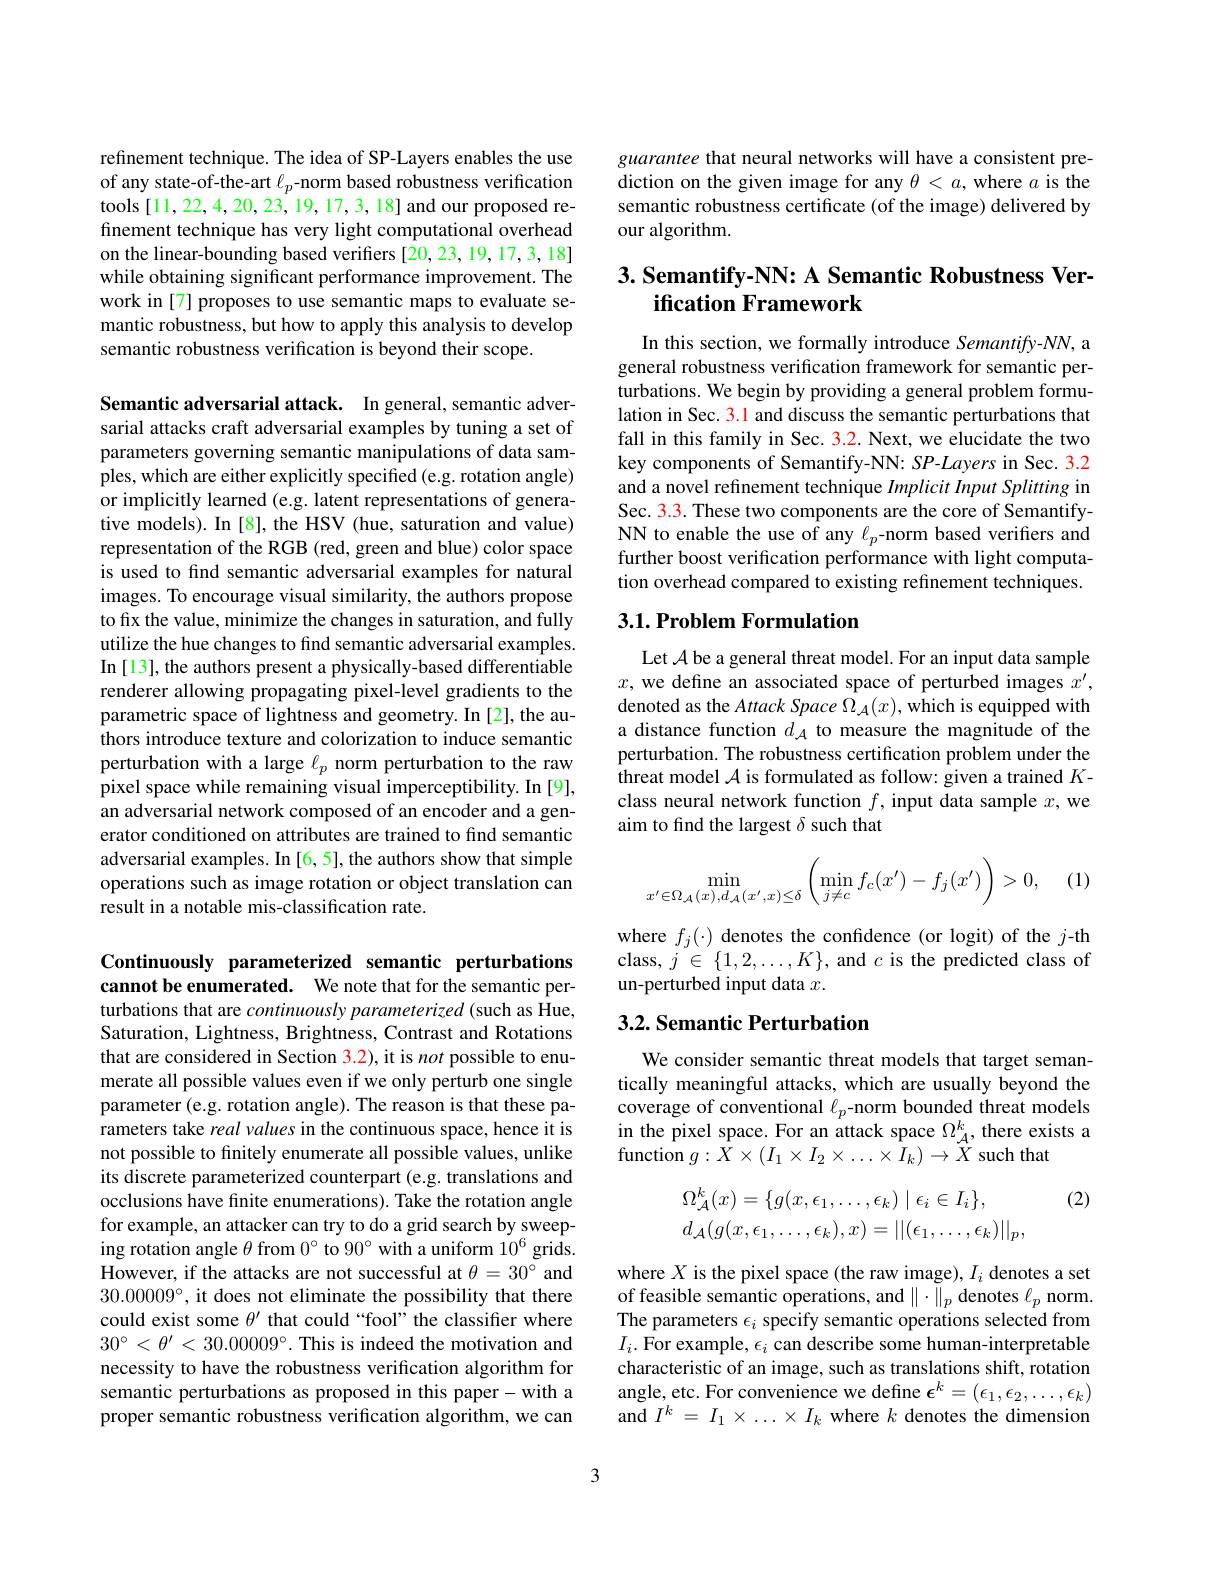
refinement technique. The idea of SP-Layers enables the use of any state-of-the-art $\ell_p$-norm based robustness verification tools [11,22,4,20,23,19,17,3,18] and our proposed refinement technique has very light computational overhead on the linear-bounding based verifiers [20,23,19,17,3,18] while obtaining significant performance improvement. The work in [7] proposes to use semantic maps to evaluate semantic robustness, but how to apply this analysis to develop semantic robustness verification is beyond their scope.

Semantic adversarial attack. In general, semantic adversarial attacks craft adversarial examples by tuning a set of parameters governing semantic manipulations of data samples, which are either explicitly specified (e.g. rotation angle) or implicitly learned (e.g. latent representations of generative models). In [8], the HSV (hue, saturation and value) representation of the RGB (red, green and blue) color space is used to find semantic adversarial examples for natural images. To encourage visual similarity, the authors propose to fix the value, minimize the changes in saturation, and fully utilize the hue changes to find semantic adversarial examples. In [13], the authors present a physically-based differentiable renderer allowing propagating pixel-level gradients to the parametric space of lightness and geometry. In [2], the authors introduce texture and colorization to induce semantic perturbation with a large $\ell_p$ norm perturbation to the raw pixel space while remaining visual imperceptibility. In [9], an adversarial network composed of an encoder and a generator conditioned on attributes are trained to find semantic adversarial examples. In [6, 5], the authors show that simple operations such as image rotation or object translation can result in a notable mis-classification rate.

guarantee that neural networks will have a consistent prediction on the given image for any $\theta<a$, where $a$ is the semantic robustness certificate (of the image) delivered by our algorithm.

## $3. \textbf{ Semantify- NN: A Semantic Robustness Ver- }$ ification Framework

In this section, we formally introduce Semantify-NN, a general robustness verification framework for semantic perturbations. We begin by providing a general problem formulation in Sec. 3.1 and discuss the semantic perturbations that fall in this family in Sec. 3.2. Next, we elucidate the two key components of Semantify-NN: SP-Layers in Sec. 3.2 and a novel refinement technique Implicit Input Splitting in Sec. 3.3. These two components are the core of SemantifyNN to enable the use of any $\ell_p$-norm based verifers and further boost verification performance with light computation overhead compared to existing refinement techniques.

## $3. 1. \textbf{Problem Formulation}$

Let $\mathcal{A}$ be a general threat model. For an input data sample $x$, we define an associated space of perturbed images $x^\prime$, denoted as the Attack Space $\Omega_{\mathcal{A}}(x)$,which is equipped with a distance function $d_{\mathcal{A}}$ to measure the magnitude of the perturbation. The robustness certification problem under the threat model $\mathcal{A}$ is formulated as follow: given a trained $K$- class neural network function $f$, input data sample $x$, we aim to find the largest $\delta$ such that
$$\min_{x'\in\Omega_{\mathcal{A}}(x),d_{\mathcal{A}}(x',x)\leq\delta}\left(\min_{j\neq c}f_{c}(x')-f_{j}(x')\right)>0,$$
(1)

where $f_j(\cdot)$ denotes the confidence (or logit) of the $j$-th class, $j\in\{1,2,\ldots,K\}$, and $c$ is the predicted class of un-perturbed input data $x.$

## 3.2. Semantic Perturbation

We consider semantic threat models that target semantically meaningful attacks, which are usually beyond the coverage of conventional $\ell_p$-norm bounded threat models in the pixel space. For an attack space $\Omega_{A}^{k}$, there exists a function $g:X\times(I_{1}\times I_{2}\times\ldots\times I_{k})\to\ddot{X}$ such that

(2)
$$\begin{array}{l}\Omega_{\mathcal{A}}^k(x)=\{g(x,\epsilon_1,\ldots,\epsilon_k)\mid\epsilon_i\in I_i\},\\d_{\mathcal{A}}(g(x,\epsilon_1,\ldots,\epsilon_k),x)=||(\epsilon_1,\ldots,\epsilon_k)||_p,\end{array}$$
where $X$ is the pixel space (the raw image), $I_i$ denotes a set of feasible semantic operations, and $\|\cdot\|_p$ denotes $\ell_p$ norm. The parameters $\epsilon_i$ specify semantic operations selected from $I_i.$ For example, $\epsilon_i$ can describe some human-interpretable characteristic of an image, such as translations shift, rotation angle, etc. For convenience we define $\epsilon^k=(\epsilon_1,\epsilon_2,\ldots,\epsilon_k)$ and $I^k=I_1\times\ldots\times I_k$ where $k$ denotes the dimension

Continuously parameterized semantic perturbations cannot be enumerated. We note that for the semantic perturbations that are continuously parameterized (such as Hue, Saturation, Lightness, Brightness, Contrast and Rotations that are considered in Section 3.2), it is not possible to enumerate all possible values even if we only perturb one single parameter (e.g. rotation angle). The reason is that these parameters take real values in the continuous space, hence it is not possible to finitely enumerate all possible values, unlike its discrete parameterized counterpart (e.g. translations and occlusions have finite enumerations). Take the rotation angle for example, an attacker can try to do a grid search by sweeping rotation angle $\theta$ from $0^\circ$ to $90^\circ$ with a uniform $10^6$ grids. However, if the attacks are not successful at $\theta=30^{\circ}$ and $30.00009^{\circ}$, it does not eliminate the possibility that there could exist some $\theta^{\prime}$ that could“fool” the classifier where $30^\circ<\theta^{\prime}<30.00009^\circ.$ This is indeed the motivation and necessity to have the robustness verification algorithm for semantic perturbations as proposed in this paper-with a proper semantic robustness verification algorithm, we can

3